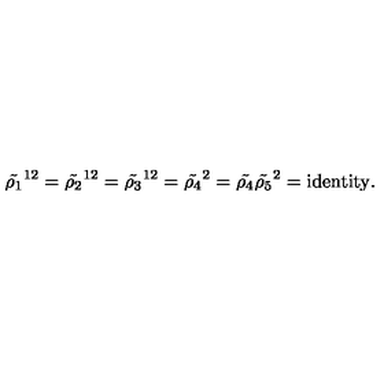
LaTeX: { \tilde { \rho _ { 1 } } } ^ { 1 2 } = { \tilde { \rho _ { 2 } } } ^ { 1 2 } = { \tilde { \rho _ { 3 } } } ^ { 1 2 } = { \tilde { \rho _ { 4 } } } ^ { 2 } = { \tilde { \rho _ { 4 } } } { \tilde { \rho _ { 5 } } } ^ { 2 } = \mathrm { i d e n t i t y } .